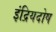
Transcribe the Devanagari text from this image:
इंद्रियदोष